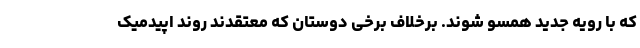
که با رویه جدید همسو شوند. برخلاف برخی دوستان که معتقدند روند اپیدمیک